Plague in India, 1896, 1897 - Volume 3
Year: 1896
Disease focus: Plague
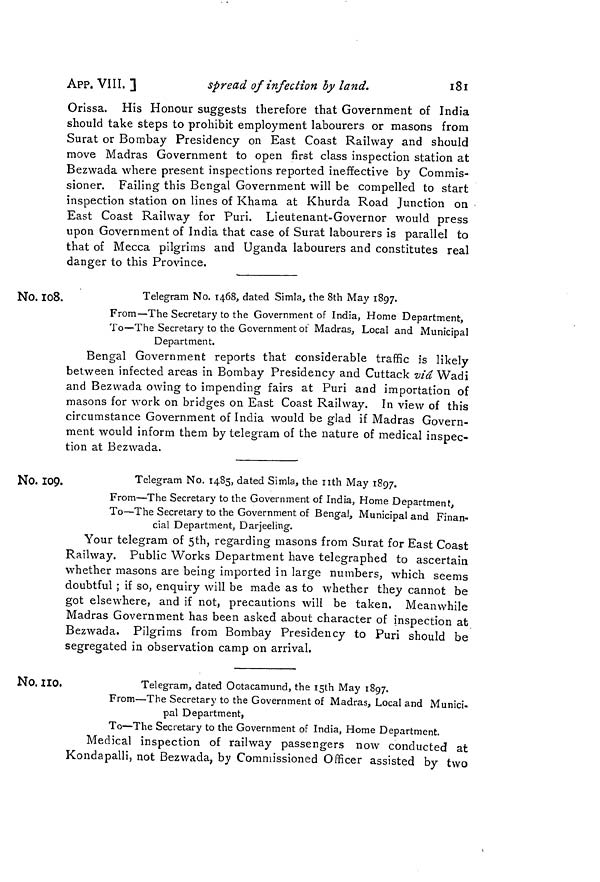
APP. VIII. ]
spread of infection by land.
181
Orissa. His Honour suggests therefore that Government of India
should take steps to prohibit employment labourers or masons from
Surat or Bombay Presidency on East Coast Railway and should
move Madras Government to open first class inspection station at
Bezwada where present inspections reported ineffective by Commis-
sioner. Failing this Bengal Government will be compelled to start
inspection station on lines of Khama at Khurda Road Junction on
East Coast Railway for Puri. Lieutenant-Governor would press
upon Government of India that case of Surat labourers is parallel to
that of Mecca pilgrims and Uganda labourers and constitutes real
danger to this Province.
No. 108.
Telegram No. 1468, dated Simla, the 8th May 1897.
From—The Secretary to the Government of India, Home Department,
To—The Secretary to the Government of Madras, Local and Municipal
Department.
Bengal Government reports that considerable traffic is likely
between infected areas in Bombay Presidency and Cuttack via Wadi
and Bezwada owing to impending fairs at Puri and importation of
masons for work on bridges on East Coast Railway. In view of this
circumstance Government of India would be glad if Madras Govern-
ment would inform them by telegram of the nature of medical inspec-
tion at Bezwada.
No. 109.
Telegram No. 1485, dated Simla, the nth May 1897.
From—The Secretary to the Government of India, Home Department,
To—The Secretary to the Government of Bengal, Municipal and Finan-
cial Department, Darjeeling.
Your telegram of 5th, regarding masons from Surat for East Coast
Railway. Public Works Department have telegraphed to ascertain
whether masons are being imported in large numbers, which seems
doubtful ; if so, enquiry will be made as to whether they cannot be
got elsewhere, and if not, precautions will be taken. Meanwhile
Madras Government has been asked about character of inspection at
Bezwada. Pilgrims from Bombay Presidency to Puri should be
segregated in observation camp on arrival.
No.110.
Telegram, dated Ootacamund, the 15th May 1897.
From—The Secretary to the Government of Madras, Local and Munici-
pal Department,
To—The Secretary to the Government of India, Home Department.
Medical inspection of railway passengers now conducted at
Kondapalli, not Bezwada, by Commissioned Officer assisted by two